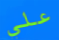
علي